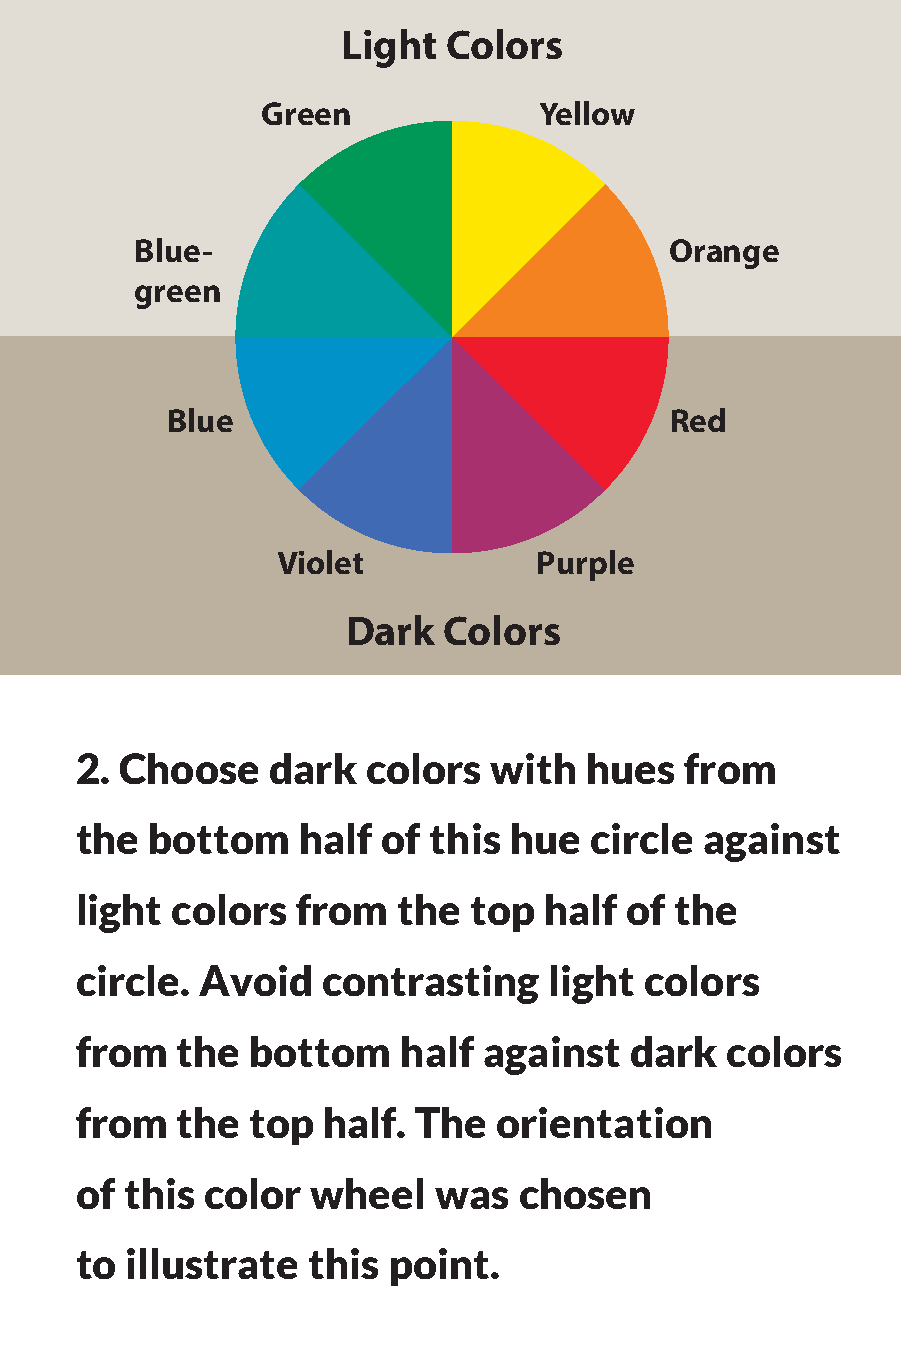
Light Colors
 Green              Yellow
 Blue-                              Orange
 green
 Blue                             Red
 Violet           Purple
 Dark  Colors
 2. Choose    dark  colors  with   hues  from
 the  bottom    half of this  hue  circle against
 light colors   from  the  top  half of  the
 circle. Avoid   contrasting    light  colors
 from   the  bottom   half  against   dark  colors
 from   the  top half.  The  orientation
 of this color   wheel   was  chosen
 to illustrate  this  point.